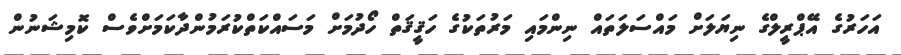
އަހަރުގެ އޭޕްރީލްގެ ނިޔަލަށް މައްސަލަތައް ނިންމައި މަރުތަކުގެ ހަޤީޤަތް ހޯދުމަށް މަސައްކަތްކުރަމުންދާކަމަށްވެސް ކޮމިޝަނުން